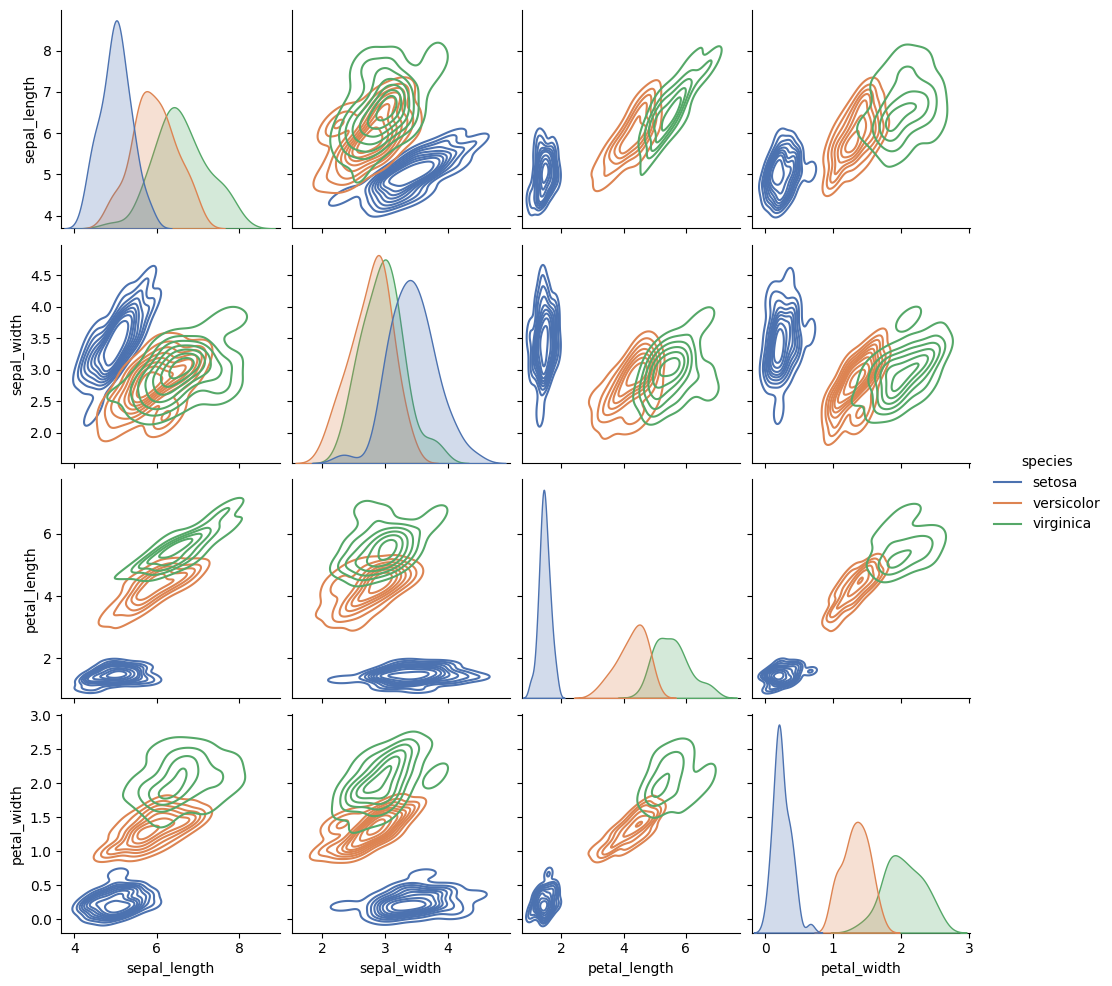
python, seaborn, pairplot, palette='deep', markers=['o', 's', 'D'], kind='kde', diag_kind='auto'